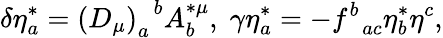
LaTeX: \delta\eta_{a}^{*}=\left(D_{\mu}\right)_{a}^{\; \; b}A_{b}^{*\mu},\; \gamma\eta_{a}^{*}=-f_{\; \; ac}^{b}\eta_{b}^{*}\eta^{c},